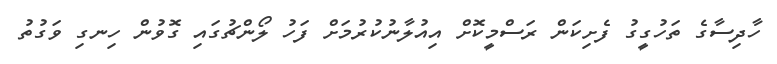
ހާދިސާގެ ތަހުގީގު ފެށިކަން ރަސްމީކޮށް އިއުލާނުކުރުމަށް ފަހު ލޯންޗުގައި ގޮވުން ހިނގި ވަގުތު